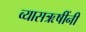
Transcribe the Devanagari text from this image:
व्यासऋषींनी